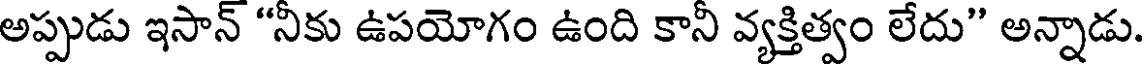
అప్పుడు ఇసాన్ "నీకు ఉపయోగం ఉంది కానీ వ్యక్తిత్వం లేదు" అన్నాడు.